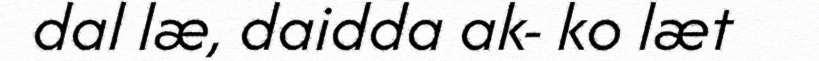
dal læ, daidda ak- ko læt